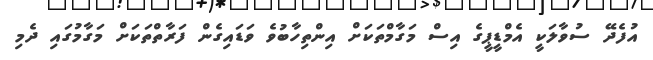
އުފެދޭ ސުވާލަކީ އެމްޑީޕީގެ އިސް މަގާމްތަކަށް އިންތިހާބުވެ ވަޑައިގެން ފަރާތްތަކަށް މަގާމުގައި ދެމި